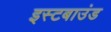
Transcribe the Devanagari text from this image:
इस्टबाउंड